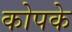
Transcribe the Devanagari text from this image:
कोपके